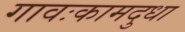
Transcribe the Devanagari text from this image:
गावःकामदुधा